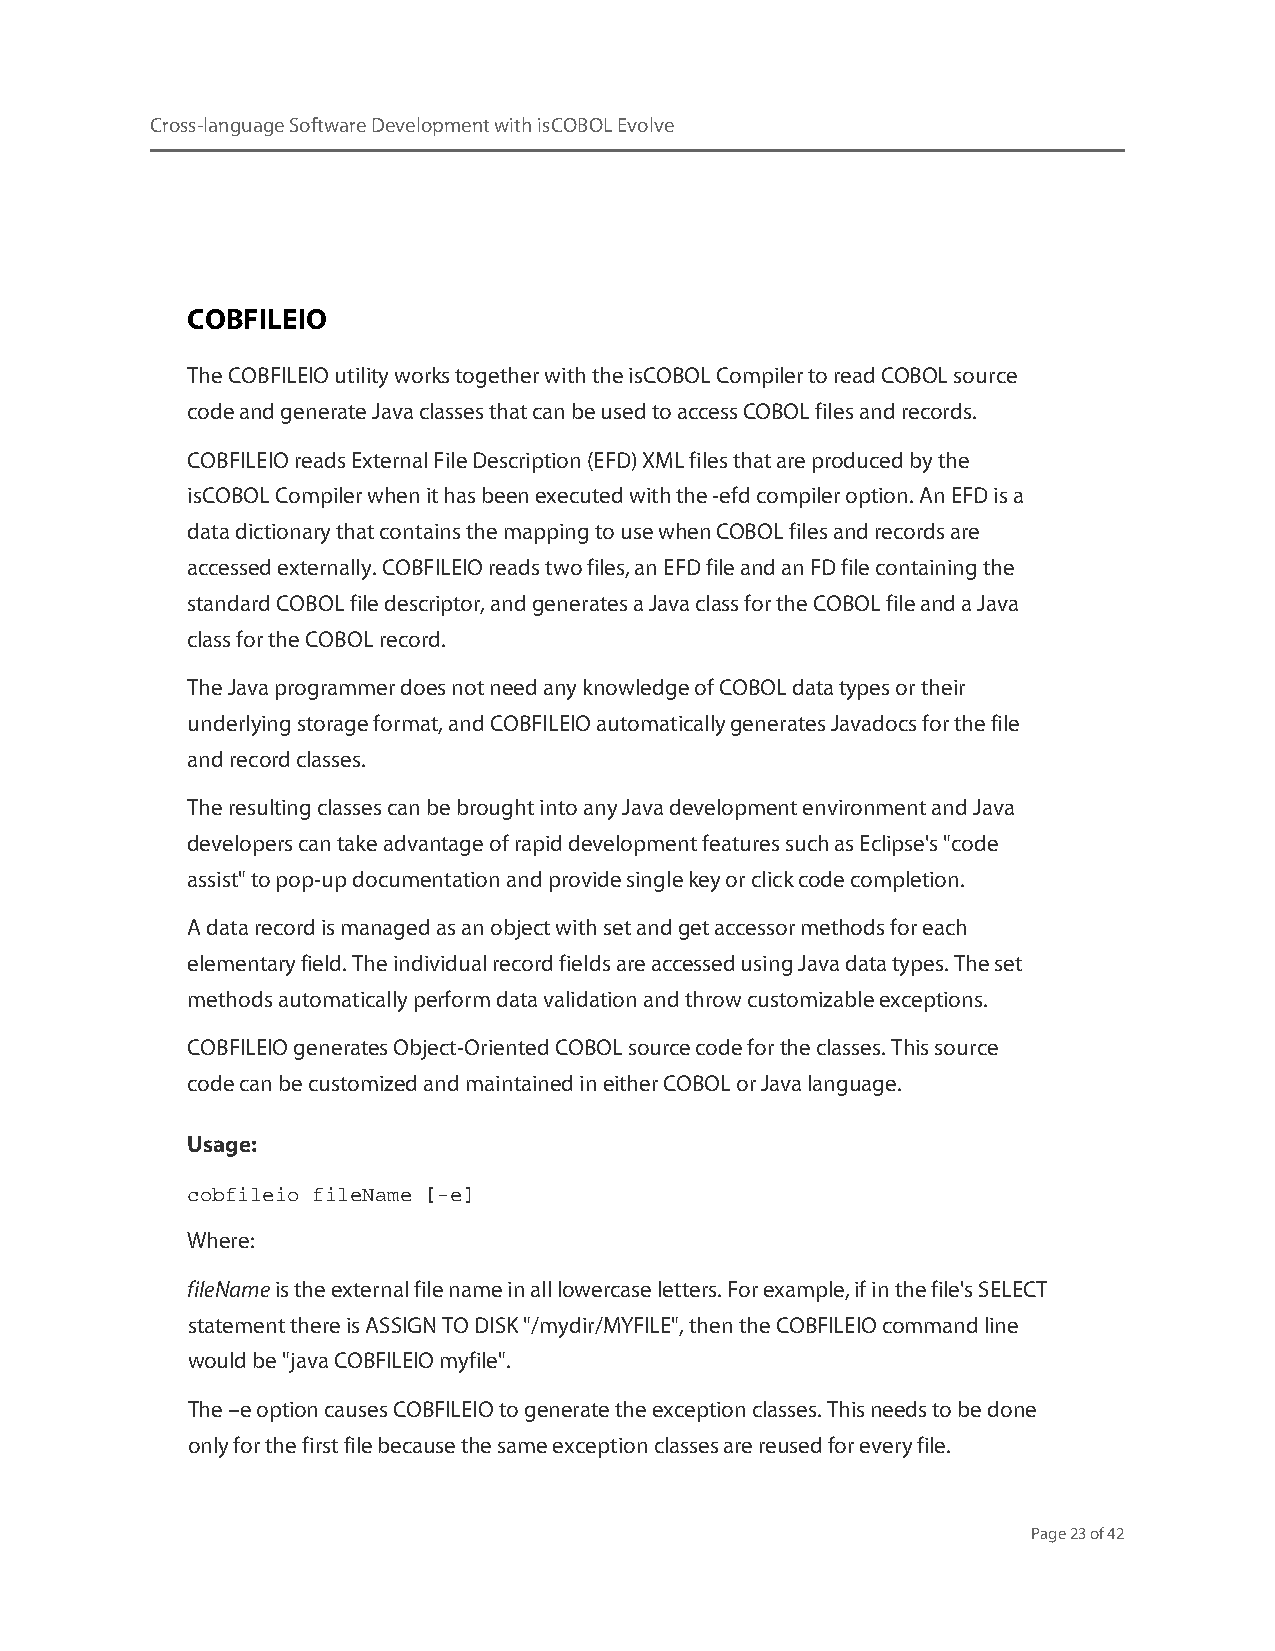
Cross-language Software Development with isCOBOL Evolve
 COBFILEIO
 The COBFILEIO utility works together with the isCOBOL Compiler to read COBOL source
 code and generate Java classes that can be used to access COBOL files and records.
 COBFILEIO reads External File Description (EFD) XML files that are produced by the
 isCOBOL Compiler when it has been executed with the -efd compiler option. An EFD is a
 data dictionary that contains the mapping to use when COBOL files and records are
 accessed externally. COBFILEIO reads two files, an EFD file and an FD file containing the
 standard COBOL file descriptor, and generates a Java class for the COBOL file and a Java
 class for the COBOL record.
 The Java programmer does not need any knowledge of COBOL data types or their
 underlying storage format, and COBFILEIO automatically generates Javadocs for the file
 and record classes.
 The resulting classes can be brought into any Java development environment and Java
 developers can take advantage of rapid development features such as Eclipse's "code
 assist" to pop-up documentation and provide single key or click code completion.
 A data record is managed as an object with set and get accessor methods for each
 elementary field. The individual record fields are accessed using Java data types. The set
 methods automatically perform data validation and throw customizable exceptions.
 COBFILEIO generates Object-Oriented COBOL source code for the classes. This source
 code can be customized and maintained in either COBOL or Java language.
 Usage:
 cobfileio fileName [-e]
 Where:
 fileName is the external file name in all lowercase letters. For example, if in the file's SELECT
 statement there is ASSIGN TO DISK "/mydir/MYFILE", then the COBFILEIO command line
 would be "java COBFILEIO myfile".
 The –e option causes COBFILEIO to generate the exception classes. This needs to be done
 only for the first file because the same exception classes are reused for every file.
 Page 23 of 42